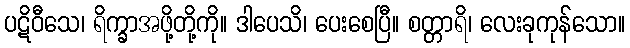
ပဋိဝီသေ၊ ရိက္ခာအဖို့တို့ကို။ ဒါပေသိ၊ ပေးစေပြီ။ စတ္တာရိ၊ လေးခုကုန်သော။